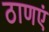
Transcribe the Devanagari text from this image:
ठाणएं